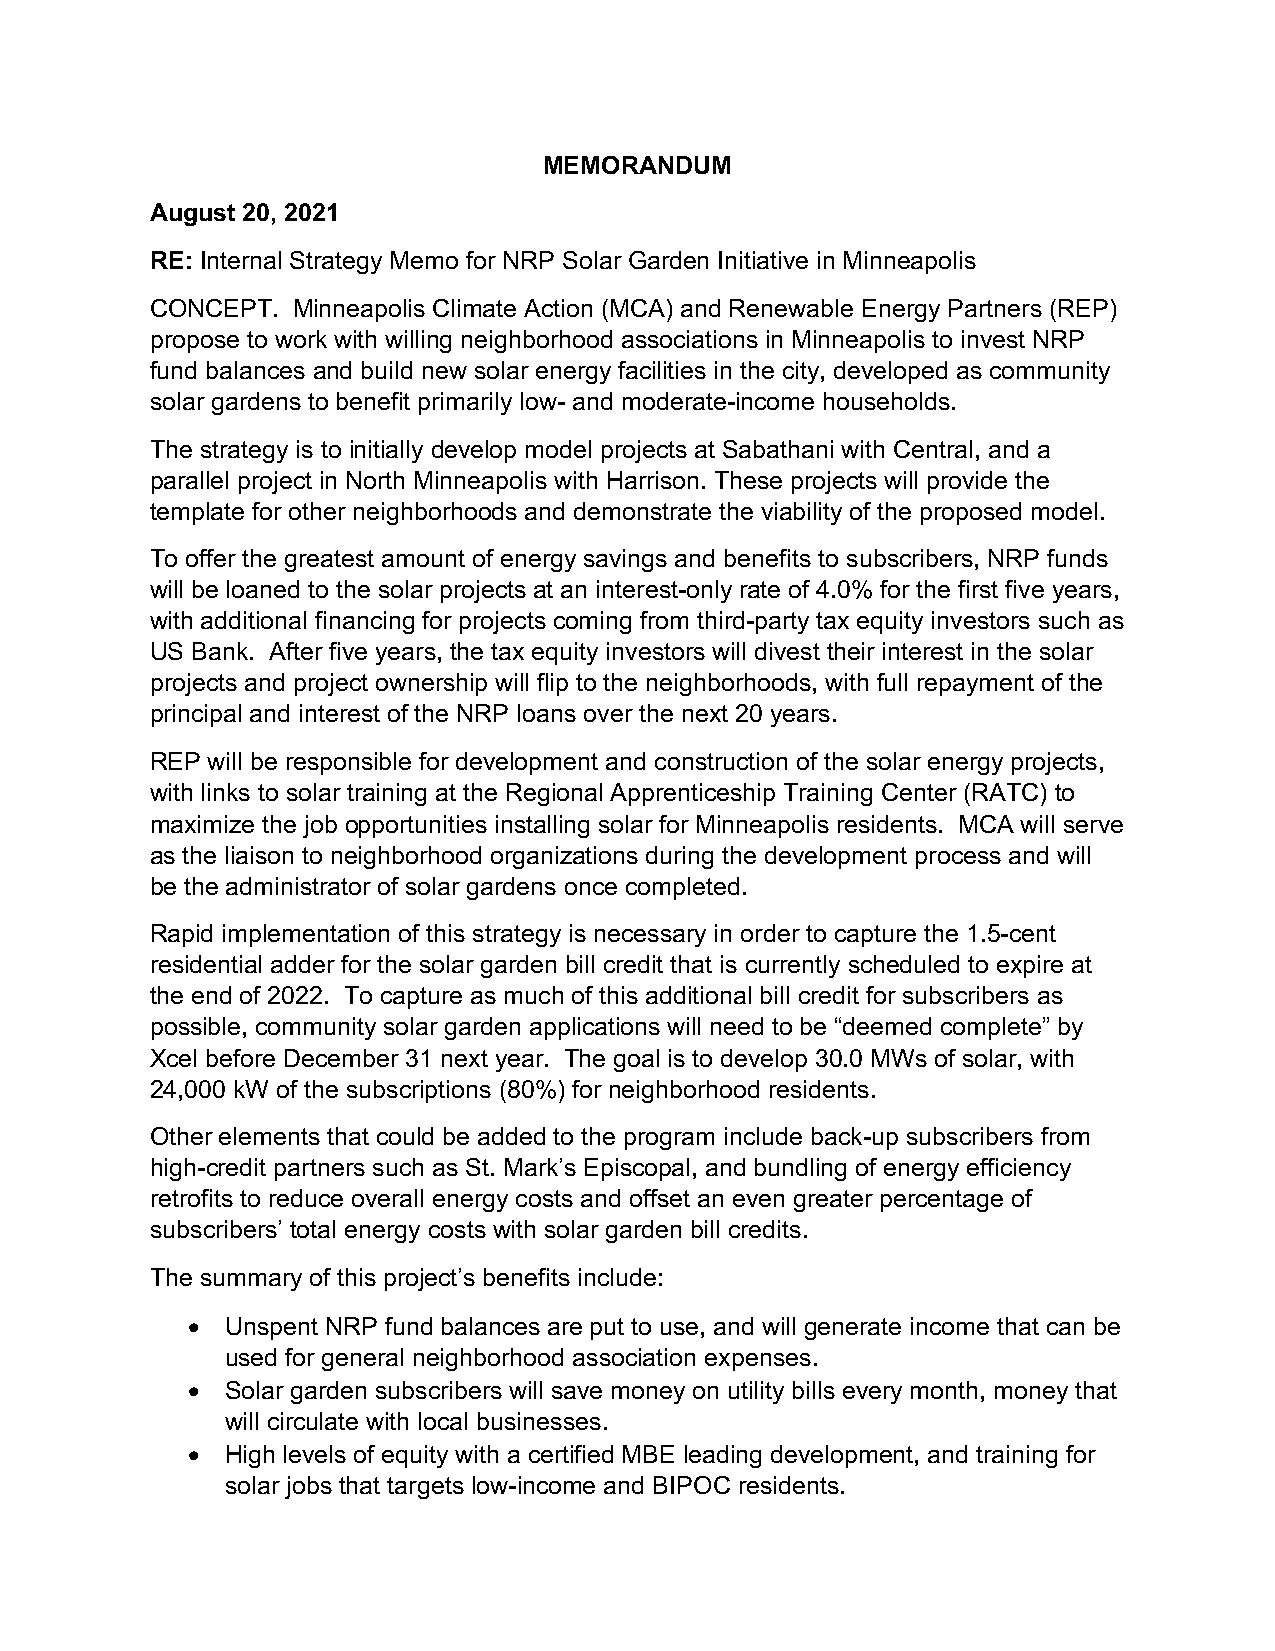
MEMORANDUM
 August 20, 2021
 RE: Internal Strategy Memo for NRP Solar Garden Initiative in Minneapolis
 CONCEPT. Minneapolis Climate Action (MCA) and Renewable Energy Partners (REP)
 propose to work with willing neighborhood associations in Minneapolis to invest NRP
 fund balances and build new solar energy facilities in the city, developed as community
 solar gardens to benefit primarily low- and moderate-income households.
 The strategy is to initially develop model projects at Sabathani with Central, and a
 parallel project in North Minneapolis with Harrison. These projects will provide the
 template for other neighborhoods and demonstrate the viability of the proposed model.
 To offer the greatest amount of energy savings and benefits to subscribers, NRP funds
 will be loaned to the solar projects at an interest-only rate of 4.0% for the first five years,
 with additional financing for projects coming from third-party tax equity investors such as
 US Bank. After five years, the tax equity investors will divest their interest in the solar
 projects and project ownership will flip to the neighborhoods, with full repayment of the
 principal and interest of the NRP loans over the next 20 years.
 REP will be responsible for development and construction of the solar energy projects,
 with links to solar training at the Regional Apprenticeship Training Center (RATC) to
 maximize the job opportunities installing solar for Minneapolis residents. MCA will serve
 as the liaison to neighborhood organizations during the development process and will
 be the administrator of solar gardens once completed.
 Rapid implementation of this strategy is necessary in order to capture the 1.5-cent
 residential adder for the solar garden bill credit that is currently scheduled to expire at
 the end of 2022. To capture as much of this additional bill credit for subscribers as
 possible, community solar garden applications will need to be “deemed complete” by
 Xcel before December 31 next year. The goal is to develop 30.0 MWs of solar, with
 24,000 kW of the subscriptions (80%) for neighborhood residents.
 Other elements that could be added to the program include back-up subscribers from
 high-credit partners such as St. Mark’s Episcopal, and bundling of energy efficiency
 retrofits to reduce overall energy costs and offset an even greater percentage of
 subscribers’ total energy costs with solar garden bill credits.
 The summary of this project’s benefits include:
 •  Unspent NRP fund balances are put to use, and will generate income that can be
 used for general neighborhood association expenses.
 •  Solar garden subscribers will save money on utility bills every month, money that
 will circulate with local businesses.
 •  High levels of equity with a certified MBE leading development, and training for
 solar jobs that targets low-income and BIPOC residents.